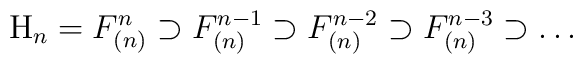
{\mathrm H}_n=F_{(n)}^n\supset F_{(n)}^{n-1}\supset     F_{(n)}^{n-2}\supset F_{(n)}^{n-3}\supset\dots